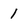
Character: 1